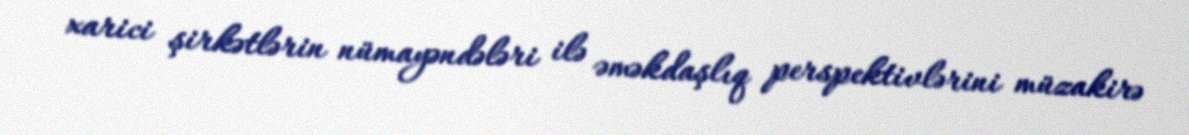
xarici şirkətlərin nümayəndələri ilə əməkdaşlıq perspektivlərini müzakirə